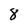
Character: 8